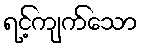
ရင့်ကျက်သော